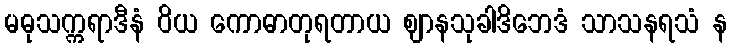
မဓုသက္ကရာဒီနံ ဝိယ ကောဓာတုရတာယ ဈာနသုခါဒိဘေဒံ သာသနရသံ န